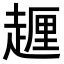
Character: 𧽆